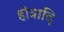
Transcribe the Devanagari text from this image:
होत्रादि